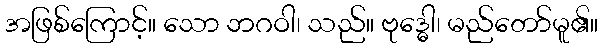
အဖြစ်ကြောင့်။ သော ဘဂဝါ၊ သည်။ ဗုဒ္ဓေါ၊ မည်တော်မူ၏။